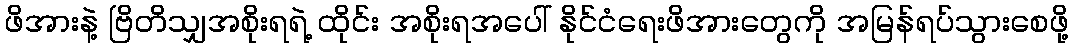
ဖိအားနဲ့ ဗြိတိသျှအစိုးရရဲ့ ထိုင်း အစိုးရအပေါ် နိုင်ငံရေးဖိအားတွေကို အမြန်ရပ်သွားစေဖို့